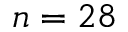
n = 2 8